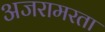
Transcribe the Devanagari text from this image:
अजरामरता